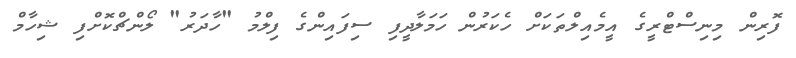
ފޮރިން މިނިސްޓްރީގެ އީމެއިލްތަކަށް ހެކަރުން ހަމަލާދީފި ސިފައިންގެ ފިލްމު "ހާދަރު" ލޯންޗްކޮށްފި ޝިހާމް